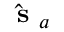
\hat { \mathrm { ~ \bf ~ s ~ } } _ { a }